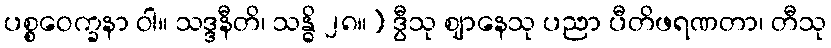
ပစ္စဝေက္ခနာ ဝါ။ သဒ္ဒနီတိ၊ သန္ဓိ ၂၈။) ဒွီသု ဈာနေသု ပညာ ပီတိဖရဏတာ၊ တီသု